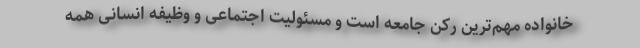
خانواده مهم‌ترین رکن جامعه است و مسئولیت اجتماعی و وظیفه انسانی همه